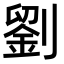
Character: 劉